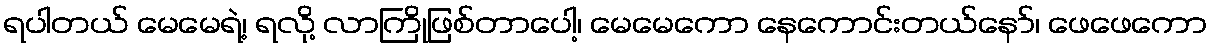
ရပါတယ် မေမေရဲ့၊ ရလို့ လာကြိုဖြစ်တာပေါ့၊ မေမေကော နေကောင်းတယ်နော်၊ ဖေဖေကော